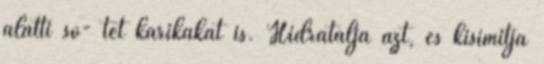
alatti sö- tét karikákat is. Hidratálja azt, és kisimítja